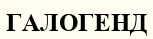
ГАЛОГЕНД